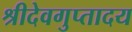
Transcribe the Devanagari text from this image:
श्रीदेवगुप्तादय